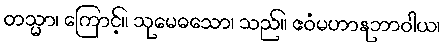
တသ္မာ၊ ကြောင့်။ သုမေဓသော၊ သည်။ ဧဝံမဟာနုဘာဝါယ၊